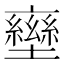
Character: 𡓩